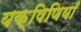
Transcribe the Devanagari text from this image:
यक्षिणियाँ